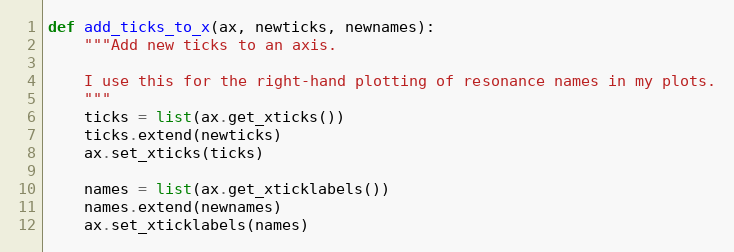
Language: Python
def add_ticks_to_x(ax, newticks, newnames):
    """Add new ticks to an axis.

    I use this for the right-hand plotting of resonance names in my plots.
    """
    ticks = list(ax.get_xticks())
    ticks.extend(newticks)
    ax.set_xticks(ticks)

    names = list(ax.get_xticklabels())
    names.extend(newnames)
    ax.set_xticklabels(names)